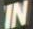
IN